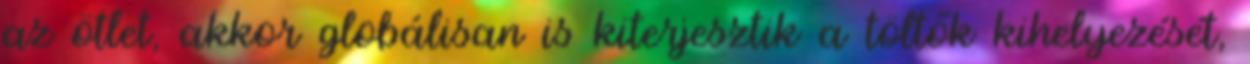
az ötlet, akkor globálisan is kiterjesztik a töltők kihelyezését,